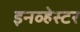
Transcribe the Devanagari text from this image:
इनव्हेस्टर